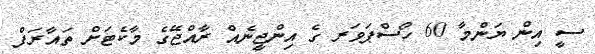
ސީ އިން ޔަންމާ 60 ހޯސްޕަވަރ ގެ އިންޖީނެއް ރާއްޖޭގެ މާކެޓަށް ތައާރަފް